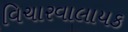
વિચારવાલાયક